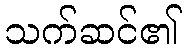
သက်ဆင်၏